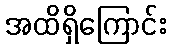
အထိရှိကြောင်း